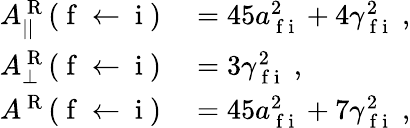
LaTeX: \begin{array}{rl}{A_{||}^{\mathrm{~R~}}(\mathrm{~f~}\leftarrow\mathrm{~i~})}&{{}=45a_{\mathrm{~f~i~}}^{2}+4\gamma_{\mathrm{~f~i~}}^{2}\; ,}\\ {A_{\perp}^{\mathrm{~R~}}(\mathrm{~f~}\leftarrow\mathrm{~i~})}&{{}=3\gamma_{\mathrm{~f~i~}}^{2}\; ,}\\ {A^{\mathrm{~R~}}(\mathrm{~f~}\leftarrow\mathrm{~i~})}&{{}=45a_{\mathrm{~f~i~}}^{2}+7\gamma_{\mathrm{~f~i~}}^{2}\; ,}\end{array}